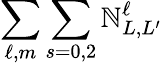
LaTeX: \sum_{\ell,m}\sum_{s=0,2}\mathbb{N}_{L,L^{\prime}}^{\ell}